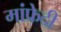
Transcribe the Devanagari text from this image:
मांफ्रेदी